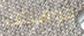
موهبتك